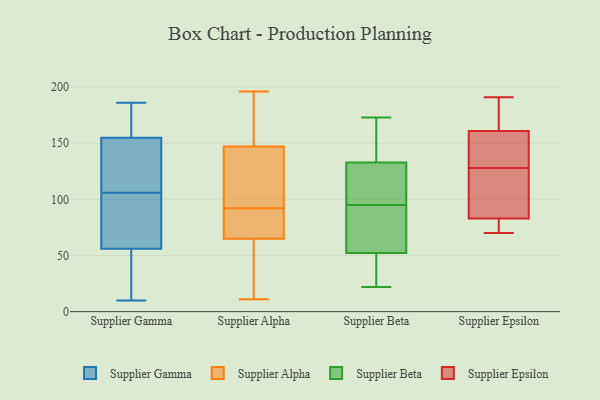
{"axis": {"x": "Headcount", "y": "Value"}, "legend": ["Supplier Alpha", "Supplier Beta", "Supplier Epsilon", "Supplier Gamma"], "data": [{"x": "", "y": 10, "type": "Supplier Gamma"}, {"x": "", "y": 146, "type": "Supplier Gamma"}, {"x": "", "y": 53, "type": "Supplier Gamma"}, {"x": "", "y": 170, "type": "Supplier Gamma"}, {"x": "", "y": 69, "type": "Supplier Gamma"}, {"x": "", "y": 117, "type": "Supplier Gamma"}, {"x": "", "y": 59, "type": "Supplier Gamma"}, {"x": "", "y": 186, "type": "Supplier Gamma"}, {"x": "", "y": 94, "type": "Supplier Gamma"}, {"x": "", "y": 26, "type": "Supplier Gamma"}, {"x": "", "y": 98, "type": "Supplier Gamma"}, {"x": "", "y": 179, "type": "Supplier Gamma"}, {"x": "", "y": 10, "type": "Supplier Gamma"}, {"x": "", "y": 139, "type": "Supplier Gamma"}, {"x": "", "y": 164, "type": "Supplier Gamma"}, {"x": "", "y": 127, "type": "Supplier Gamma"}, {"x": "", "y": 166, "type": "Supplier Gamma"}, {"x": "", "y": 113, "type": "Supplier Gamma"}, {"x": "", "y": 43, "type": "Supplier Gamma"}, {"x": "", "y": 99, "type": "Supplier Gamma"}, {"x": "", "y": 45, "type": "Supplier Alpha"}, {"x": "", "y": 68, "type": "Supplier Alpha"}, {"x": "", "y": 70, "type": "Supplier Alpha"}, {"x": "", "y": 192, "type": "Supplier Alpha"}, {"x": "", "y": 38, "type": "Supplier Alpha"}, {"x": "", "y": 73, "type": "Supplier Alpha"}, {"x": "", "y": 155, "type": "Supplier Alpha"}, {"x": "", "y": 160, "type": "Supplier Alpha"}, {"x": "", "y": 96, "type": "Supplier Alpha"}, {"x": "", "y": 137, "type": "Supplier Alpha"}, {"x": "", "y": 91, "type": "Supplier Alpha"}, {"x": "", "y": 139, "type": "Supplier Alpha"}, {"x": "", "y": 93, "type": "Supplier Alpha"}, {"x": "", "y": 196, "type": "Supplier Alpha"}, {"x": "", "y": 62, "type": "Supplier Alpha"}, {"x": "", "y": 18, "type": "Supplier Alpha"}, {"x": "", "y": 184, "type": "Supplier Alpha"}, {"x": "", "y": 73, "type": "Supplier Alpha"}, {"x": "", "y": 102, "type": "Supplier Alpha"}, {"x": "", "y": 11, "type": "Supplier Alpha"}, {"x": "", "y": 171, "type": "Supplier Beta"}, {"x": "", "y": 108, "type": "Supplier Beta"}, {"x": "", "y": 50, "type": "Supplier Beta"}, {"x": "", "y": 22, "type": "Supplier Beta"}, {"x": "", "y": 120, "type": "Supplier Beta"}, {"x": "", "y": 39, "type": "Supplier Beta"}, {"x": "", "y": 137, "type": "Supplier Beta"}, {"x": "", "y": 99, "type": "Supplier Beta"}, {"x": "", "y": 23, "type": "Supplier Beta"}, {"x": "", "y": 95, "type": "Supplier Beta"}, {"x": "", "y": 170, "type": "Supplier Beta"}, {"x": "", "y": 59, "type": "Supplier Beta"}, {"x": "", "y": 75, "type": "Supplier Beta"}, {"x": "", "y": 173, "type": "Supplier Beta"}, {"x": "", "y": 65, "type": "Supplier Beta"}, {"x": "", "y": 161, "type": "Supplier Epsilon"}, {"x": "", "y": 105, "type": "Supplier Epsilon"}, {"x": "", "y": 130, "type": "Supplier Epsilon"}, {"x": "", "y": 188, "type": "Supplier Epsilon"}, {"x": "", "y": 126, "type": "Supplier Epsilon"}, {"x": "", "y": 70, "type": "Supplier Epsilon"}, {"x": "", "y": 70, "type": "Supplier Epsilon"}, {"x": "", "y": 138, "type": "Supplier Epsilon"}, {"x": "", "y": 191, "type": "Supplier Epsilon"}, {"x": "", "y": 83, "type": "Supplier Epsilon"}]}